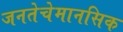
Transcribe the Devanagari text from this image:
जनतेचेमानसिक